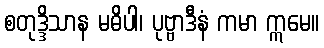
စတုဒ္ဒိသာန မဓိပါ၊ ပုဗ္ဗာဒီနံ ကမာ ဣမေ။